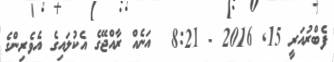
ފެބްރުއަރީ 15